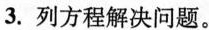
3.列方程解决问题。